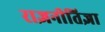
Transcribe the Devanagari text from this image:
राज्ञनीतिज्ञा